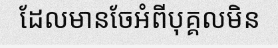
ដែលមានចែអំពីបុគ្គលមិន